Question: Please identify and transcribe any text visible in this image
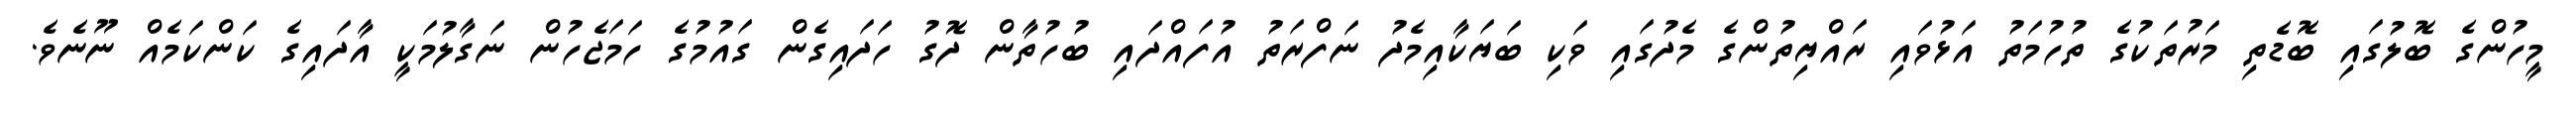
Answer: މީހުންގެ ބޮލުގައި ބޮޑެތި މަރުތަކުގެ ތުހުމަތު އަޅުވައި ރައްޔިތުންގެ މެދުގައި ވަކި ބަޔަކާއިމެދު ނަފްރަތު އުފައްދައި ބުހުތާން ދޮގު ހަދައިގެން ގައުމުގެ ހަމަޖެހުން ނަގާލުމަކީ އާދައިގެ ކަންކަމެއް ނޫނެވެ.